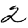
Digit: 2